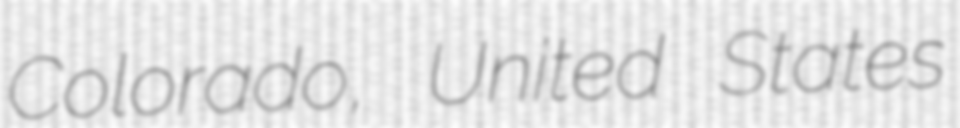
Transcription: Colorado, United States